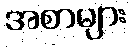
အစာများ